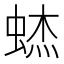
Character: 𰳃